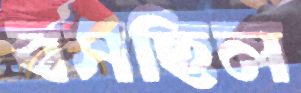
বসছিল